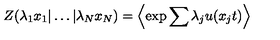
Z ( \lambda _ { 1 } x _ { 1 } | \ldots | \lambda _ { N } x _ { N } ) = \left\langle \exp { \sum { \lambda _ { j } u ( x _ { j } t ) } } \right\rangle